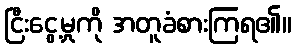
ငြီးငွေ့မှုကို အတူခံစားကြရ၏။